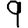
Digit: 9